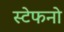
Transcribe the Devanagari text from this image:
स्टेफनो